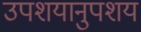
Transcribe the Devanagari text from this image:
उपशयानुपशय